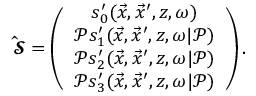
\begin{array} { r } { { \bf \widehat { \mathbfcal { S } } } = \left( \begin{array} { c } { s _ { 0 } ^ { \prime } ( \vec { x } , \vec { x } ^ { \prime } , z , \omega ) } \\ { \mathcal { P } s _ { 1 } ^ { \prime } ( \vec { x } , \vec { x } ^ { \prime } , z , \omega | \mathcal { P } ) } \\ { \mathcal { P } s _ { 2 } ^ { \prime } ( \vec { x } , \vec { x } ^ { \prime } , z , \omega | \mathcal { P } ) } \\ { \mathcal { P } s _ { 3 } ^ { \prime } ( \vec { x } , \vec { x } ^ { \prime } , z , \omega | \mathcal { P } ) } \end{array} \right) . } \end{array}